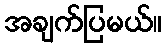
အချက်ပြမယ်။